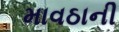
માવઠાની